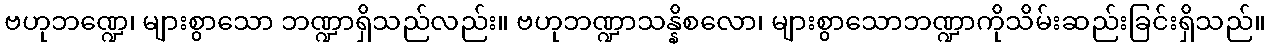
ဗဟုဘဏ္ဍေ၊ များစွာသော ဘဏ္ဍာရှိသည်လည်း။ ဗဟုဘဏ္ဍာသန္နိစလော၊ များစွာသောဘဏ္ဍာကိုသိမ်းဆည်းခြင်းရှိသည်။